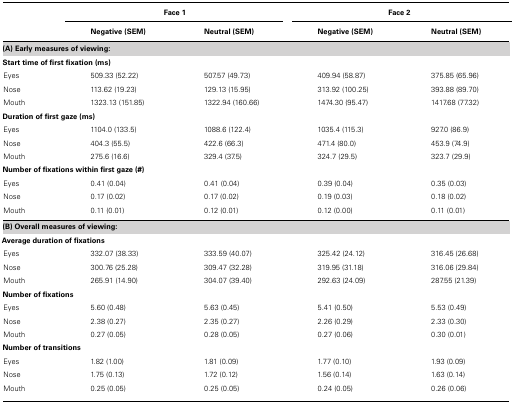
<table><thead><tr><td></td><td colspan="2"><b>Face 1</b></td><td colspan="2"><b>Face 2</b></td></tr><tr><td></td><td><b>Negative (SEM)</b></td><td><b>Neutral (SEM)</b></td><td><b>Negative (SEM)</b></td><td><b>Neutral (SEM)</b></td></tr></thead><tbody><tr><td><b>(A) Early measures of viewing:</b></td></tr><tr><td><b>Start time of first fixation (ms)</b></td></tr><tr><td>Eyes</td><td>509.33 (52.22)</td><td>507.57 (49.73)</td><td>409.94 (58.87)</td><td>375.85 (65.96)</td></tr><tr><td>Nose</td><td>113.62 (19.23)</td><td>129.13 (15.95)</td><td>313.92 (100.25)</td><td>393.88 (89.70)</td></tr><tr><td>Mouth</td><td>1323.13 (151.85)</td><td>1322.94 (160.66)</td><td>1474.30 (95.47)</td><td>1417.68 (77.32)</td></tr><tr><td><b>Duration of first gaze (ms)</b></td></tr><tr><td>Eyes</td><td>1104.0 (133.5)</td><td>1088.6 (122.4)</td><td>1035.4 (115.3)</td><td>927.0 (86.9)</td></tr><tr><td>Nose</td><td>404.3 (55.5)</td><td>422.6 (66.3)</td><td>471.4 (80.0)</td><td>453.9 (74.9)</td></tr><tr><td>Mouth</td><td>275.6 (16.6)</td><td>329.4 (37.5)</td><td>324.7 (29.5)</td><td>323.7 (29.9)</td></tr><tr><td><b>Number of fixations within first gaze (#)</b></td></tr><tr><td>Eyes</td><td>0.41 (0.04)</td><td>0.41 (0.04)</td><td>0.39 (0.04)</td><td>0.35 (0.03)</td></tr><tr><td>Nose</td><td>0.17 (0.02)</td><td>0.17 (0.02)</td><td>0.19 (0.03)</td><td>0.18 (0.02)</td></tr><tr><td>Mouth</td><td>0.11 (0.01)</td><td>0.12 (0.01)</td><td>0.12 (0.00)</td><td>0.11 (0.01)</td></tr><tr><td><b>(B) Overall measures of viewing:</b></td></tr><tr><td><b>Average duration of fixations</b></td></tr><tr><td>Eyes</td><td>332.07 (38.33)</td><td>333.59 (40.07)</td><td>325.42 (24.12)</td><td>316.45 (26.68)</td></tr><tr><td>Nose</td><td>300.76 (25.28)</td><td>309.47 (32.28)</td><td>319.95 (31.18)</td><td>316.06 (29.84)</td></tr><tr><td>Mouth</td><td>265.91 (14.90)</td><td>304.07 (39.40)</td><td>292.63 (24.09)</td><td>287.55 (21.39)</td></tr><tr><td><b>Number of fixations</b></td></tr><tr><td>Eyes</td><td>5.60 (0.48)</td><td>5.63 (0.45)</td><td>5.41 (0.50)</td><td>5.53 (0.49)</td></tr><tr><td>Nose</td><td>2.38 (0.27)</td><td>2.35 (0.27)</td><td>2.26 (0.29)</td><td>2.33 (0.30)</td></tr><tr><td>Mouth</td><td>0.27 (0.05)</td><td>0.28 (0.05)</td><td>0.27 (0.06)</td><td>0.30 (0.01)</td></tr><tr><td><b>Number of transitions</b></td></tr><tr><td>Eyes</td><td>1.82 (1.00)</td><td>1.81 (0.09)</td><td>1.77 (0.10)</td><td>1.93 (0.09)</td></tr><tr><td>Nose</td><td>1.75 (0.13)</td><td>1.72 (0.12)</td><td>1.56 (0.14)</td><td>1.63 (0.14)</td></tr><tr><td>Mouth</td><td>0.25 (0.05)</td><td>0.25 (0.05)</td><td>0.24 (0.05)</td><td>0.26 (0.06)</td></tr></tbody></table>